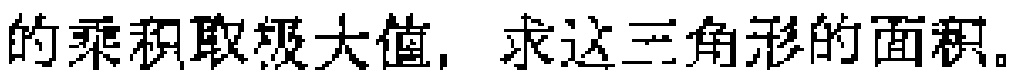
的乘积取极大值，求这三角形的面积。